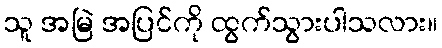
သူ အမြဲ အပြင်ကို ထွက်သွားပါသလား။